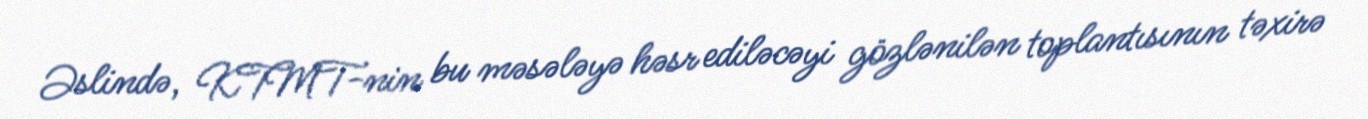
Əslində, KTMT-nin bu məsələyə həsr ediləcəyi gözlənilən toplantısının təxirə